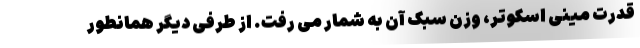
قدرت مینی اسکوتر، وزن سبک آن به شمار می رفت. از طرفی دیگر همانطور